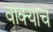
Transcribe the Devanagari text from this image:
वाक्याचं